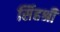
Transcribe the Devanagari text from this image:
सिंहश्री